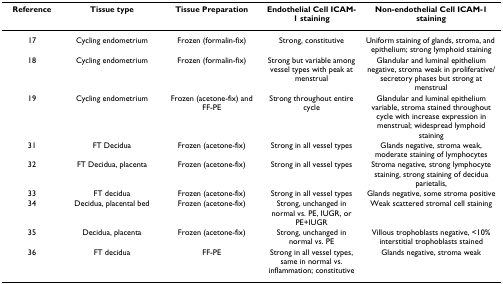
<table><thead><tr><td><b>Reference</b></td><td><b>Tissue type</b></td><td><b>Tissue Preparation</b></td><td><b>Endothelial Cell ICAM-1 staining</b></td><td><b>Non-endothelial Cell ICAM-1 staining</b></td></tr></thead><tbody><tr><td>17</td><td>Cycling endometrium</td><td>Frozen (formalin-fix)</td><td>Strong, constitutive</td><td>Uniform staining of glands, stroma, and epithelium; strong lymphoid staining</td></tr><tr><td>18</td><td>Cycling endometrium</td><td>Frozen (formalin-fix)</td><td>Strong but variable among vessel types with peak at menstrual</td><td>Glandular and luminal epithelium negative, stroma weak in proliferative/secretory phases but strong at menstrual</td></tr><tr><td>19</td><td>Cycling endometrium</td><td>Frozen (acetone-fix) and FF-PE</td><td>Strong throughout entire cycle</td><td>Glandular and luminal epithelium variable, stroma stained throughout cycle with increase expression in menstrual; widespread lymphoid staining</td></tr><tr><td>31</td><td>FT Decidua</td><td>Frozen (acetone-fix)</td><td>Strong in all vessel types</td><td>Glands negative, stroma weak, moderate staining of lymphocytes</td></tr><tr><td>32</td><td>FT Decidua, placenta</td><td>Frozen (acetone-fix)</td><td>Strong in all vessel types</td><td>Stroma negative, strong lymphocyte staining, strong staining of decidua parietalis,</td></tr><tr><td>33</td><td>FT decidua</td><td>Frozen (acetone-fix)</td><td>Strong in all vessel types</td><td>Glands negative, some stroma positive</td></tr><tr><td>34</td><td>Decidua, placental bed</td><td>Frozen (acetone-fix)</td><td>Strong, unchanged in normal vs. PE, IUGR, or PE+IUGR</td><td>Weak scattered stromal cell staining</td></tr><tr><td>35</td><td>Decidua, placenta</td><td>Frozen (acetone-fix)</td><td>Strong, unchanged in normal vs. PE</td><td>Villous trophoblasts negative, &lt;10% interstitial trophoblasts stained</td></tr><tr><td>36</td><td>FT decidua</td><td>FF-PE</td><td>Strong in all vessel types, same in normal vs. inflammation; constitutive</td><td>Glands negative, stroma weak</td></tr></tbody></table>